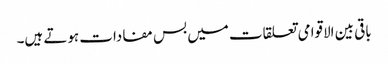
باقی بین الاقوامی تعلقات میں بس مفادات ہوتے ہیں۔